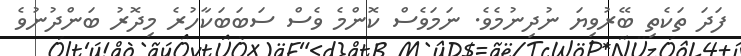
ފަދަ ތަކެތި ބޭރުވިޔަ ނުދިނުމެވެ. ނަމަވެސް ކޮންމެ ވެސް ސަބަބަކާހުރެ މިދޮރު ބަންދުނުވެ